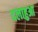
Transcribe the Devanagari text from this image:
दलाहुआ